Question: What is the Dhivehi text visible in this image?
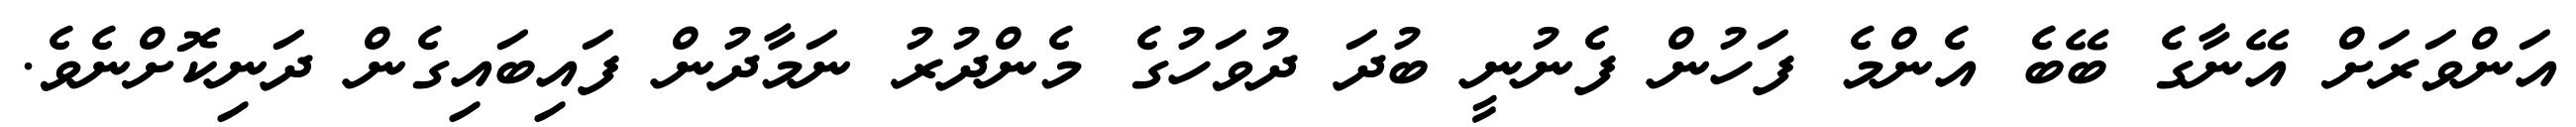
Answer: އަންވަރަށް އޭނާގެ ބޭބެ އެންމެ ފަހުން ފެނުނީ ބުދަ ދުވަހުގެ މެންދުރު ނަމާދުން ފައިބައިގެން ދަނިކޮށްނެވެ.